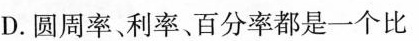
D.圆周率、利率、百分率都是一个比